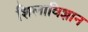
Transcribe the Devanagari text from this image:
शिलाविज्ञान